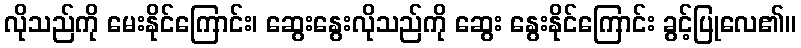
လိုသည်ကို မေးနိုင်ကြောင်း၊ ဆွေးနွေးလိုသည်ကို ဆွေး နွေးနိုင်ကြောင်း ခွင့်ပြုလေ၏။